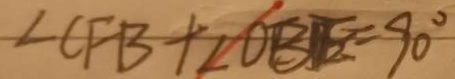
\angle C F B + \angle O B E = 9 0 ^ { \circ }